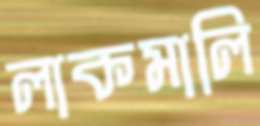
লাকমালি